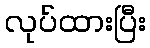
လုပ်ထားပြီး